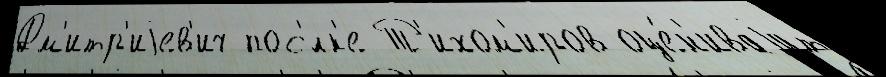
Дм'итр'иjев'ич пос'́лк'е Т'ихом'иров оце́н'иваjут